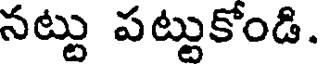
నట్టు పట్టుకోండి.